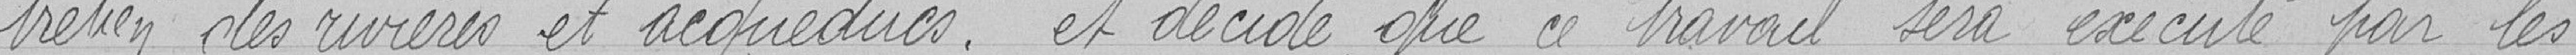
tretien des rivières et acqueducs, et décide que ce travail sera exécuté par les